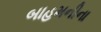
બાહમનીના